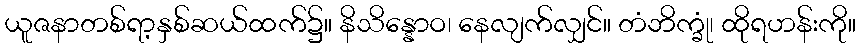
ယူဇနာတစ်ရာ့နှစ်ဆယ်ထက်၌။ နိသိန္နောဝ၊ နေလျက်လျှင်။ တံဘိက္ခုံ၊ ထိုရဟန်းကို။